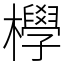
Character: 㰒